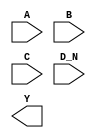
module sky130_fd_sc_ls__nor4b (
    //# {{data|Data Signals}}
    input  A  ,
    input  B  ,
    input  C  ,
    input  D_N,
    output Y
);

    // Voltage supply signals
    supply1 VPWR;
    supply0 VGND;
    supply1 VPB ;
    supply0 VNB ;

endmodule